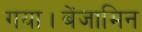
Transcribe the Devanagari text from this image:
गया।बेंजामिन